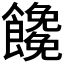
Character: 𩟖